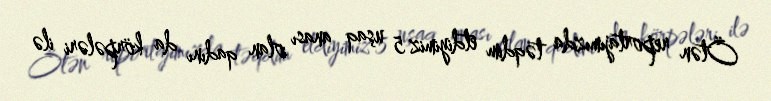
Ötən reportajımızda təqdim etdiyimiz 5 uşaq anası olan qadını da körpələri ilə